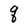
Character: q